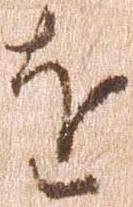
を